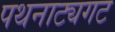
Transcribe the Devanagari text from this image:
पथनाट्यगट